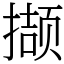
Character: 撷